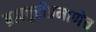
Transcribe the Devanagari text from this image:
ब्रह्मपुरीप्रमाणेच